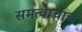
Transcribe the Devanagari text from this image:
समत्वाचाच